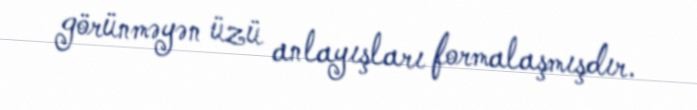
görünməyən üzü anlayışları formalaşmışdır.